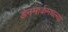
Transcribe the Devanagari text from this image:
डेनमार्कमधल्या